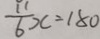
\frac { 1 1 } { 6 } x = 1 8 0